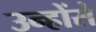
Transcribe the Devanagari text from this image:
उन्होंसे